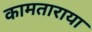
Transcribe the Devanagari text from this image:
कामताराया